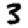
Digit: 3